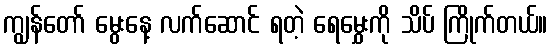
ကျွန်တော် မွေးနေ့ လက်ဆောင် ရတဲ့ ရေမွှေးကို သိပ် ကြိုက်တယ်။